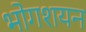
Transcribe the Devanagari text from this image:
भोगशयन